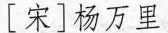
[宋]杨万里